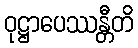
ဝုဋ္ဌာပေဿန္တီတိ